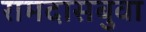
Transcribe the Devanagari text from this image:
रामदासबुवा